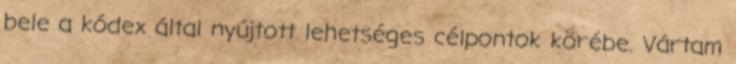
bele a kódex által nyújtott lehetséges célpontok körébe. Vártam